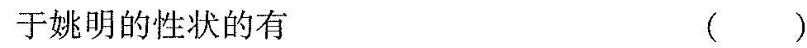
于姚明的性状的有( )